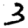
Digit: 3